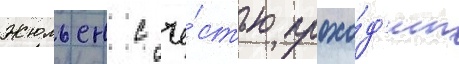
Жюльен с че́стью прохо́д'ит